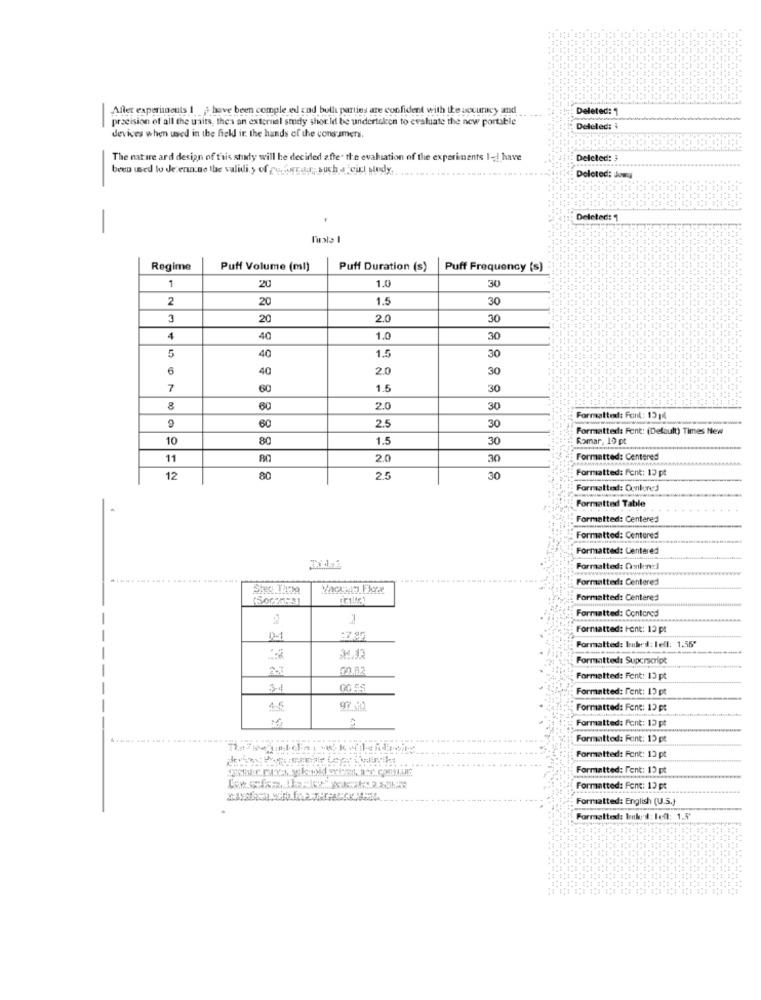
Aller experiments 1 ;have been comple ed cod bull parties are confident with the uscuracy and
Deleted: 1
precision of all the units, then an external study should be undertaken to evaluate the new portable
-
Deleled:
devices when used in the field ir. the hands of the consumers
The nature ard design of this study will he decided after the evaluation of the experiments I -! have
Deleted: 3
been used to Je enacne the validi ., of gebraut; such a Girl sody .. .....
Deleted: Jowy
Deleted: 1
-
Regime
Puff Volume (ml)
Puff Duration (s)
Puff Frequency (s)
20
30
1
1.0
2
20
1.5
30
3
20
2.0
30
4
40
1.0
30
1.5
5
40
30
6
40
2.0
30
7
60
1.5
30
8
60
2.0
30
60
2.5
Formatted: Font: 13 14
30
Formatted: Font: (Default) Times New
10
80
1.5
30
Romar, 10 pt
11
2.0
30
Formatted: Centered
Formatted: Font: 15 pt
12
80
2.5
30
Formatted: Omnlund
Formatted Table
Formatted: Centered
Formatted: Centered
Formatted: Centered
Formatted: Dskon:]
.....
Formatted: Centered
Formatted: Centered
Formatted: Contored
Formatted: Hont: 10 pt
0-1
:7 97
Formatted: Inbed: lell: 1.56"
34.33
Formatted: Superscript
00.82
Formatted: Fent: 15 pt
3-4
Formatted: fent: 13 pt
97310
Formatted: Fent: 10 pt
Formatted: Font: 13 pt
Formatted: Font: 15 pt
Formatted: Font: 13 pt
Formatted: l'ent: 15 pt
Formatted: Fone: 13 pt
Formatted: English (U.S.)
Formatted: Irak'd: lefl: 1.5